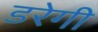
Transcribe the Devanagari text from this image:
डरेगी